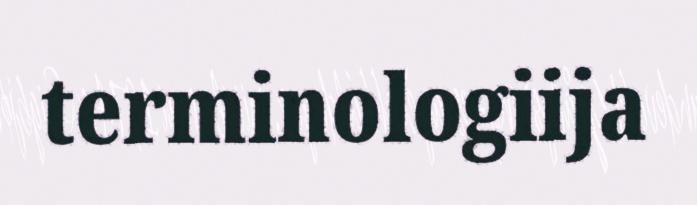
terminologiija